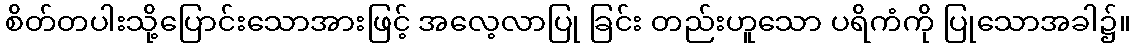
စိတ်တပါးသို့ပြောင်းသောအားဖြင့် အလေ့လာပြု ခြင်း တည်းဟူသော ပရိကံကို ပြုသောအခါ၌။